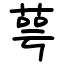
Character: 萼